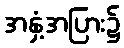
အနှံ့အပြား၌